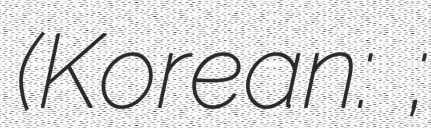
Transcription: (Korean: 김주헌;